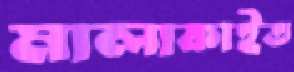
মালাকাইত